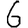
Digit: 6